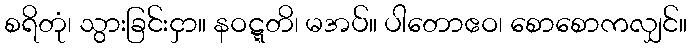
စရိတုံ၊ သွားခြင်းငှာ။ နဝဋ္ဋတိ၊ မအပ်။ ပါတောဧဝ၊ စောစောကလျှင်။